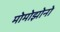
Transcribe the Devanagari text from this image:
मोमोझोनो